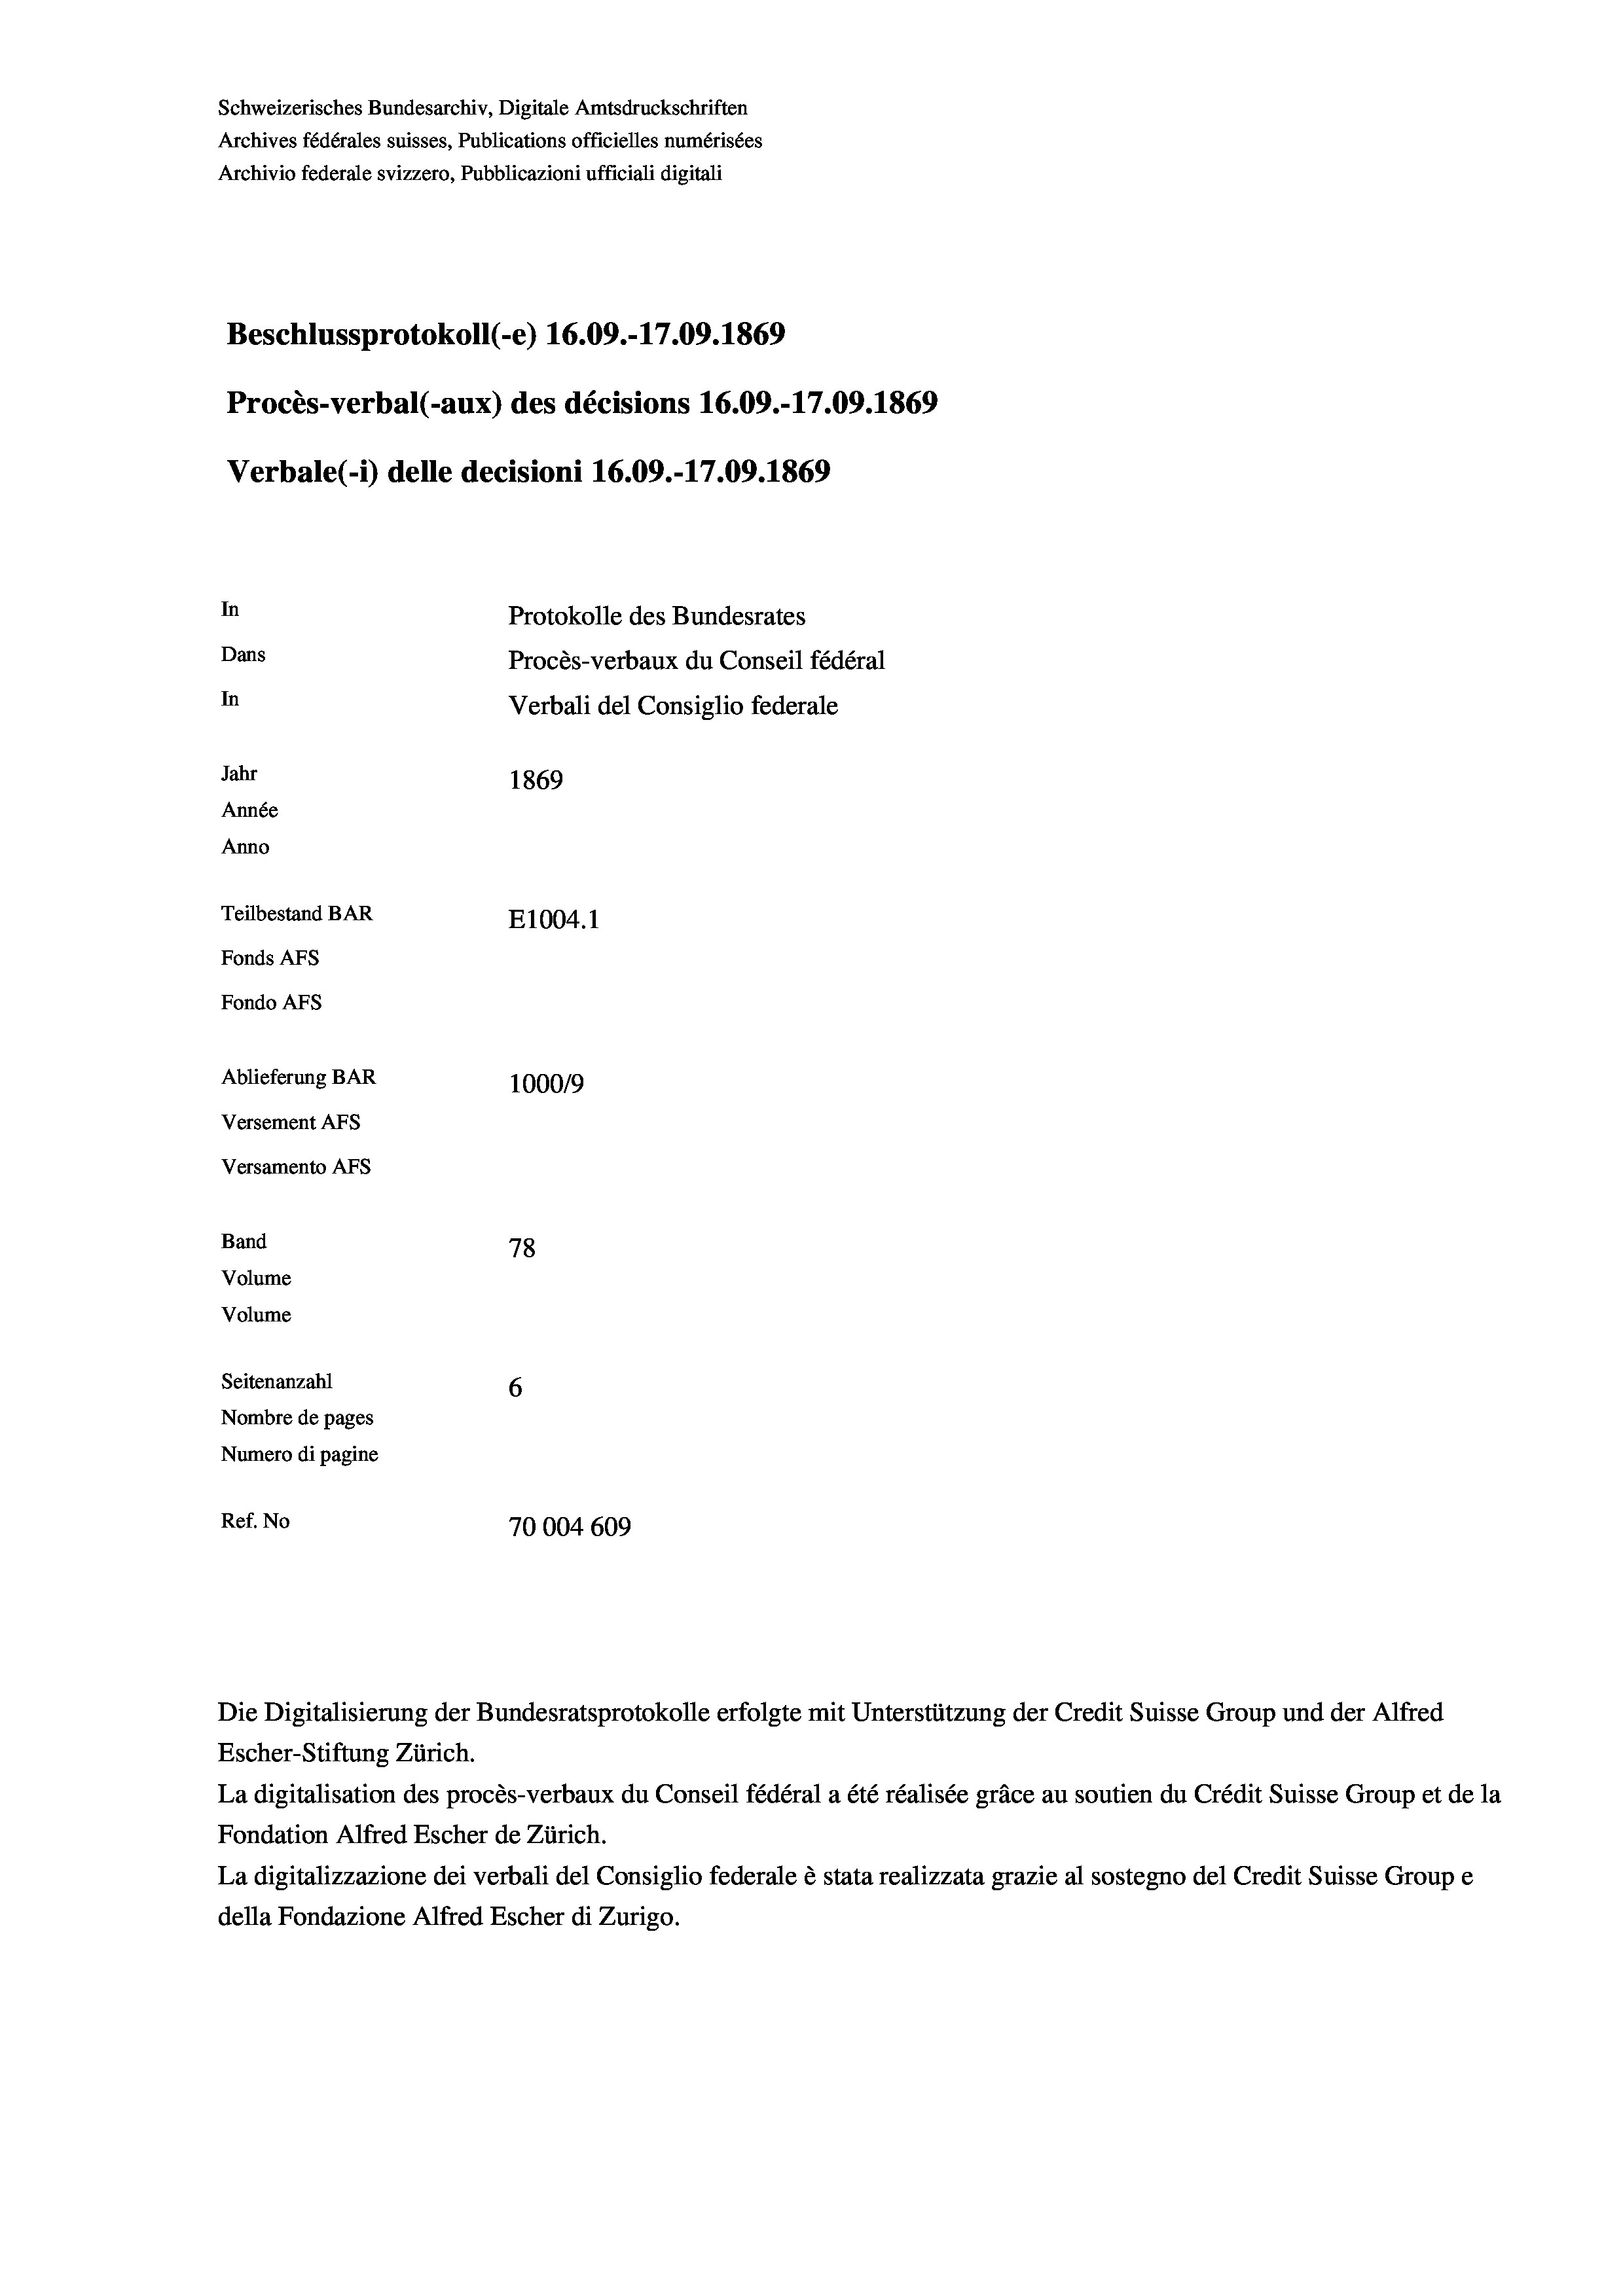
Schweizerisches Bundesarchiv, Digitale Amtsdruckschriften
Beschlussprotokoll (-e) 16.09.-17.09. 1869
Procès-verbal (-aux) des décisions 16.09.-17.09. 1869
Verbale (1) delle decisioni 16.09.-17.09. 1869
In
Protokolle des Bundesrates
Dans
Procès-verbaux du Conseil fédéral
In
Verbali del Consiglio federale
Jahr
1869
Année
Anno
Teilbestand BAR
E1004.1
Fonds Afs
Fondo AFs
Ablieferung BAR
1000/9
Versement AFs
Versamento Afs

Band

Archives fédérales suisses, Publications officielles numérisées
Archivio federale svizzero, Pubblicazioni ufficiali digitali

78
Volume
Volume
Seitenanzahl
6
Nombre de pages
Numero di pagine
Ref. No
70004 609

Escher-Stiftung Zürich.
La digitalisation des procès-verbaux du Conseil fédéral a été réalisée gräce au soutien du Crédit Suisse Group et de la
Fondation Alfred Escher de Zürich.
La digitalizzazione dei verbali del Consiglio federale è stata realizzata grazie al sostegno del Credit Suisse Groupe
della Fondazione Alfred Escher di Zurigo.

Die Digitalisierung der Bundesratsprotokolle erfolgte mit Unterstützung der Credit Suisse Group und der Alfred